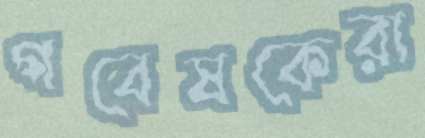
গবেষকেরা